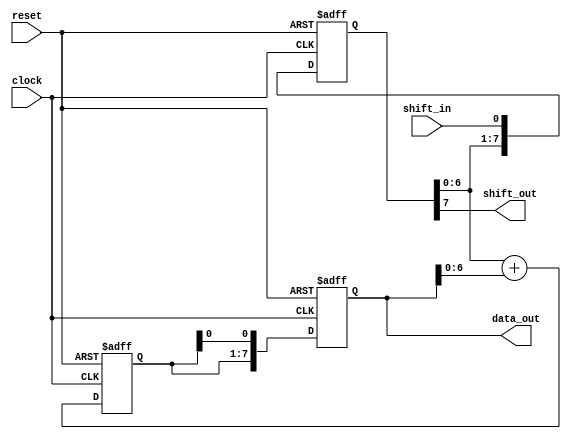
module ShiftAndAdd (
    input wire clock,
    input wire reset,
    input wire shift_in,
    output wire shift_out,
    output reg [7:0] data_out
);

reg [7:0] shift_reg;
reg [7:0] shifted_data;

always @(posedge clock or posedge reset) begin
    if (reset) begin
        shift_reg <= 8'b0;
        shifted_data <= 8'b0;
        data_out <= 8'b0;
    end else begin
        // Shift data in
        shift_reg <= {shift_reg[6:0], shift_in};
        
        // Perform addition
        shifted_data <= shift_reg + data_out;
        
        // Shift data out
        data_out <= {shifted_data[6:0], shifted_data[0]};
    end
end

assign shift_out = shift_reg[7];

endmodule